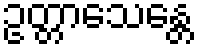
ဥတ္တာသေန္တေ